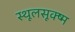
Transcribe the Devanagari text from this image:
स्थूलसूक्ष्म